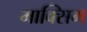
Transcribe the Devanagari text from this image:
माक्सिम